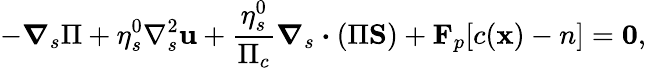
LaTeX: -\boldsymbol{\nabla}_{s}\Pi+\eta_{s}^{0}\nabla_{s}^{2}\mathbf{u}+\frac{\eta_{s}^{0}}{\Pi_{c}}\boldsymbol{\nabla}_{s}\boldsymbol{\cdot}(\Pi\mathbf{S})+\mathbf{F}_{p}[c(\mathbf{x})-n]=\mathbf{0},